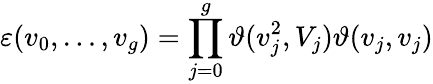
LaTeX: \varepsilon(v_{0},\ldots,v_{g})=\prod_{j=0}^{g}\vartheta(v_{j}^{2},V_{j})\vartheta(v_{j},v_{j})